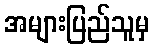
အများပြည်သူမှ